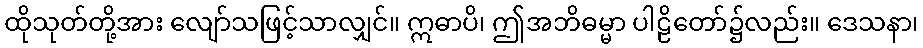
ထိုသုတ်တို့အား လျော်သဖြင့်သာလျှင်။ ဣဓာပိ၊ ဤအဘိဓမ္မာ ပါဠိတော်၌လည်း။ ဒေသနာ၊